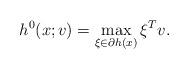
LaTeX: \begin{align*}h^0(x;v) = \max_{\xi\in\partial h(x)} \xi^T v .\end{align*}